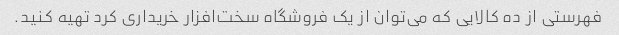
فهرستی از ده کالایی که می‌توان از یک فروشگاه سخت‌افزار خریداری کرد تهیه کنید.